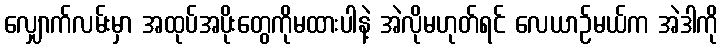
လျှောက်လမ်းမှာ အထုပ်အပိုးတွေကိုမထားပါနဲ့ အဲလိုမဟုတ်ရင် လေယာဉ်မယ်က အဲဒါကို